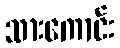
သားကောင်း